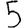
Digit: 5